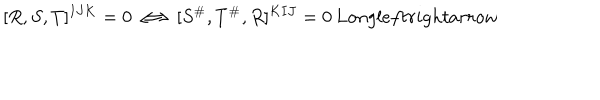
[ R , S , T ] ^ { I J K } = 0 \Longleftrightarrow [ S ^ { \# } , T ^ { \# } , R ] ^ { K I J } = 0 \, L o n g l e f t r i g h t a r r o w